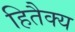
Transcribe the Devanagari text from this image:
हितैक्य